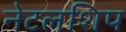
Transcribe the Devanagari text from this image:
नेटलशिप